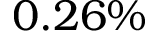
0 . 2 6 \%